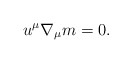
\begin{align*} u^\mu\nabla_\mu m=0.\end{align*}